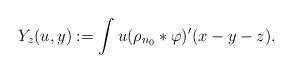
LaTeX: \begin{align*}Y_z(u,y):=\int u(\rho_{n_0}*\varphi)'(x-y-z).\end{align*}